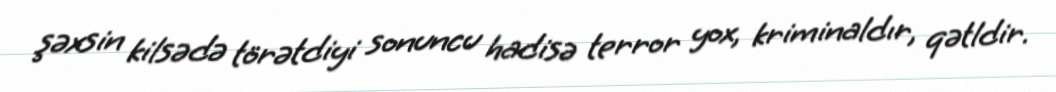
şəxsin kilsədə törətdiyi sonuncu hadisə terror yox, kriminaldır, qətldir.